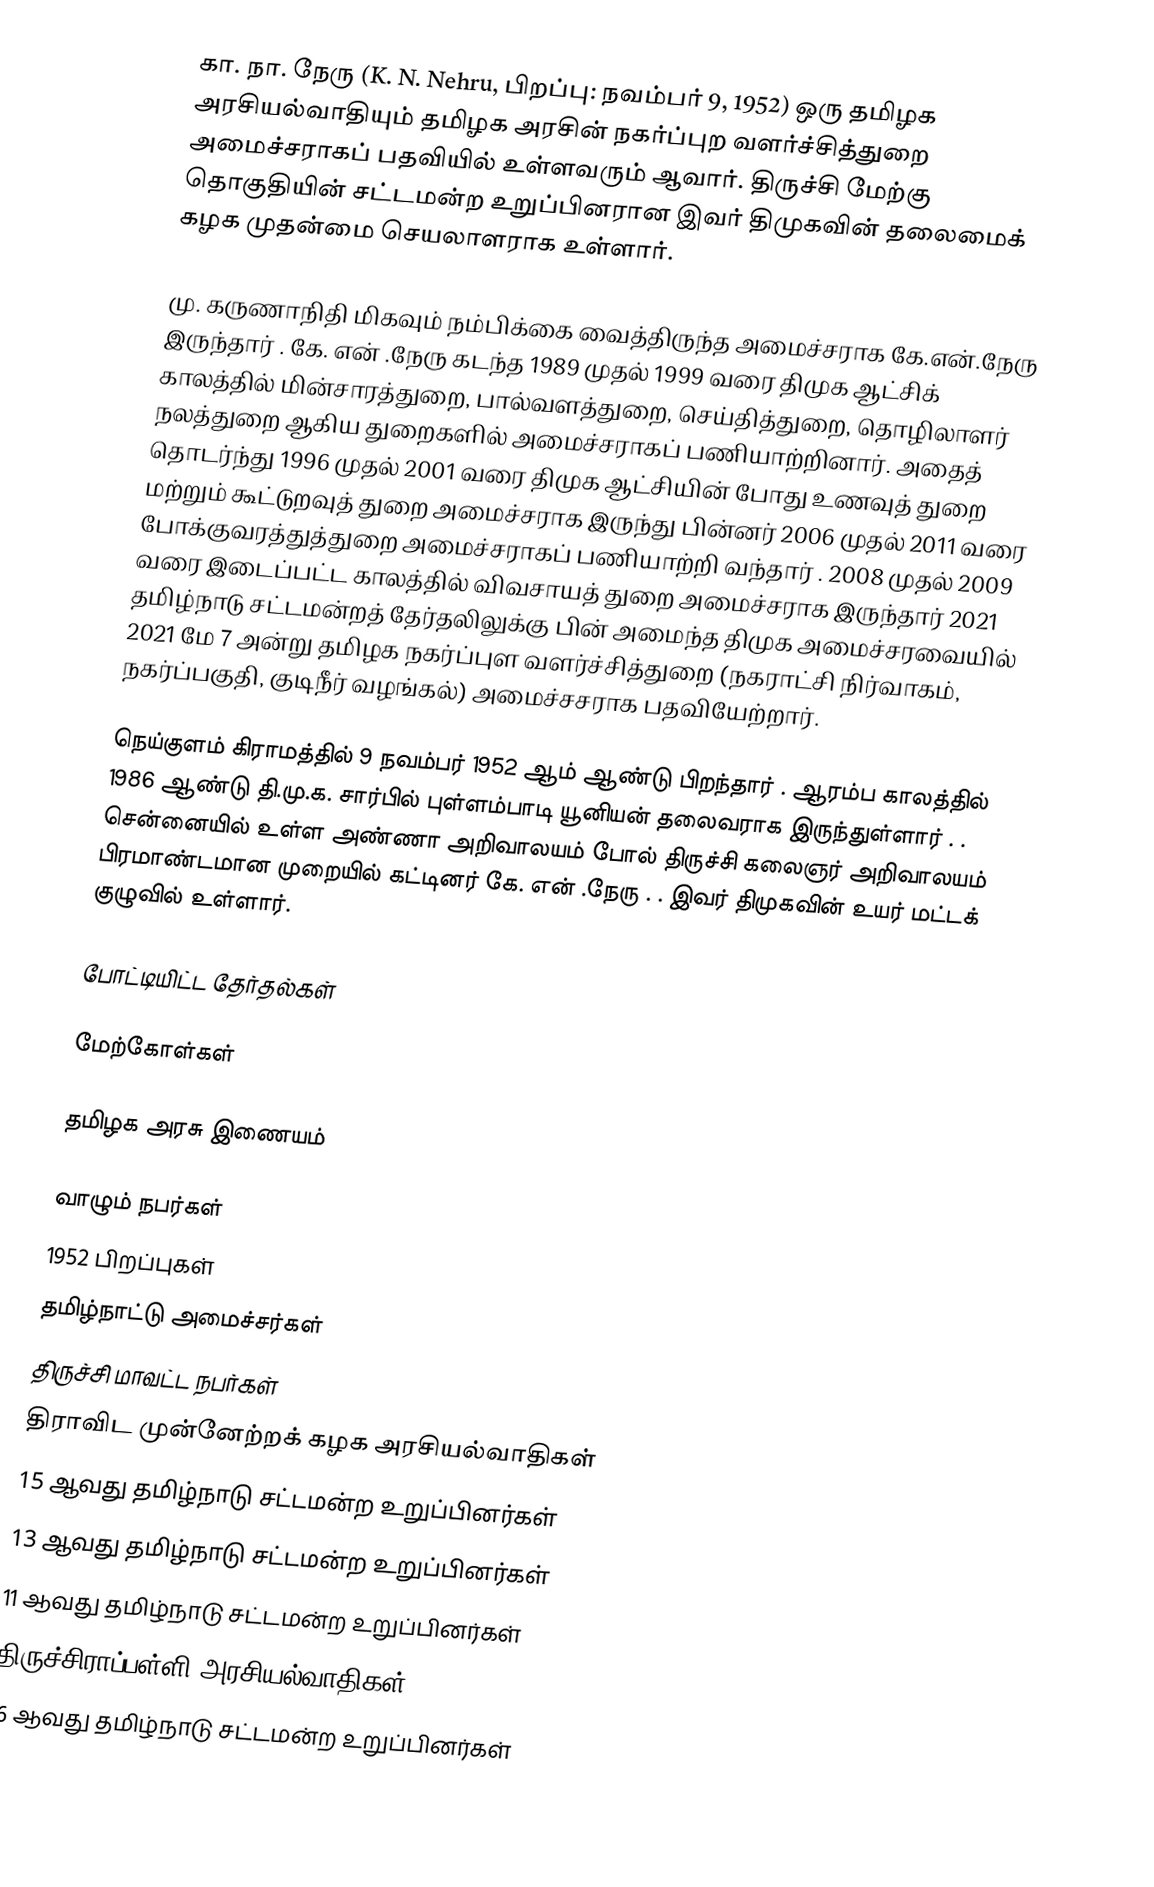
கா. நா. நேரு (K. N. Nehru, பிறப்பு: நவம்பர் 9, 1952) ஒரு தமிழக அரசியல்வாதியும் தமிழக அரசின் நகர்ப்புற வளர்ச்சித்துறை அமைச்சராகப் பதவியில் உள்ளவரும் ஆவார். திருச்சி மேற்கு தொகுதியின் சட்டமன்ற உறுப்பினரான இவர் திமுகவின் தலைமைக் கழக முதன்மை செயலாளராக உள்ளார்.

மு. கருணாநிதி மிகவும்  நம்பிக்கை  வைத்திருந்த  அமைச்சராக  கே.என்.நேரு  இருந்தார்  . கே. என் .நேரு கடந்த 1989 முதல் 1999 வரை திமுக ஆட்சிக் காலத்தில் மின்சாரத்துறை, பால்வளத்துறை, செய்தித்துறை, தொழிலாளர் நலத்துறை ஆகிய துறைகளில் அமைச்சராகப் பணியாற்றினார். அதைத் தொடர்ந்து 1996 முதல் 2001 வரை திமுக ஆட்சியின் போது உணவுத் துறை மற்றும் கூட்டுறவுத் துறை அமைச்சராக இருந்து பின்னர் 2006 முதல் 2011 வரை போக்குவரத்துத்துறை அமைச்சராகப் பணியாற்றி வந்தார் . 2008 முதல் 2009 வரை இடைப்பட்ட காலத்தில் விவசாயத் துறை அமைச்சராக இருந்தார்  2021 தமிழ்நாடு சட்டமன்றத் தேர்தலிலுக்கு பின் அமைந்த திமுக அமைச்சரவையில்  2021 மே 7 அன்று தமிழக நகர்ப்புள வளர்ச்சித்துறை (நகராட்சி நிர்வாகம், நகர்ப்பகுதி, குடிநீர் வழங்கல்) அமைச்சசராக பதவியேற்றார்.

நெய்குளம் கிராமத்தில் 9 நவம்பர் 1952 ஆம் ஆண்டு பிறந்தார் . ஆரம்ப காலத்தில் 1986 ஆண்டு தி.மு.க. சார்பில்  புள்ளம்பாடி  யூனியன்   தலைவராக   இருந்துள்ளார் . .  சென்னையில் உள்ள அண்ணா அறிவாலயம் போல்  திருச்சி  கலைஞர் அறிவாலயம்  பிரமாண்டமான முறையில் கட்டினர் கே. என் .நேரு . . இவர் திமுகவின் உயர் மட்டக் குழுவில் உள்ளார்.

போட்டியிட்ட தேர்தல்கள்

மேற்கோள்கள்

 தமிழக அரசு இணையம்

வாழும் நபர்கள்
1952 பிறப்புகள்
தமிழ்நாட்டு அமைச்சர்கள்
திருச்சி மாவட்ட நபர்கள்
திராவிட முன்னேற்றக் கழக அரசியல்வாதிகள்
15 ஆவது தமிழ்நாடு சட்டமன்ற உறுப்பினர்கள்
13 ஆவது தமிழ்நாடு சட்டமன்ற உறுப்பினர்கள்
11 ஆவது தமிழ்நாடு சட்டமன்ற உறுப்பினர்கள்
திருச்சிராப்பள்ளி அரசியல்வாதிகள்
16 ஆவது தமிழ்நாடு சட்டமன்ற உறுப்பினர்கள்